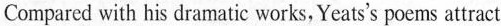
Compared with his dramatic works, Yeats's poems attract